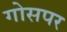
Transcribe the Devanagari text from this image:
गोसपर